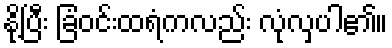
နို့ပြီး ခြံဝင်းထရံကလည်း လုံလှပါ၏။